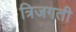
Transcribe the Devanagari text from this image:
त्रिजगती